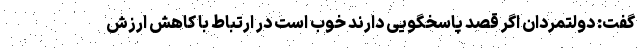
گفت: دولتمردان اگر قصد پاسخگویی دارند خوب است در ارتباط با کاهش ارزش